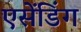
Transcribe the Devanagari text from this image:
एसेंडिंग